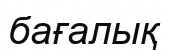
бағалық